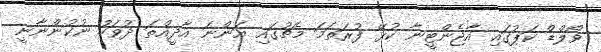
ވޯލްޑް ކަޕުގައި އާޖެންޓީނާ ކުޅޭ ފުރަތަމަ މެޗުގައި އަންނަ އާދީއްތަ ދުވަހު ނުކުންނާނީ